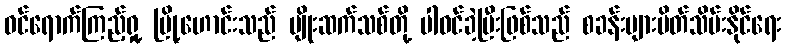
ဝင်ရောက်ကြည့်ရှု့ မြို့ဟောင်းသည် မျိုးဆက်သစ်တို့ ပါဝင်ခဲ့ပြီးဖြစ်သည် စခန်းများပိတ်သိမ်းနိုင်ရေး